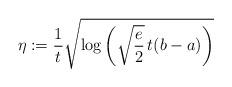
LaTeX: \begin{align*} \eta := \frac{1}{t}\sqrt{\log \left( \sqrt{\frac e 2} \, t(b - a) \right)} \end{align*}